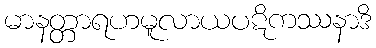
မာနတ္တာရဟမူလာယပဋိကဿနာဒိ